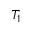
T _ { 1 }